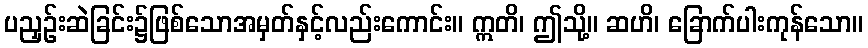
ပညှဉ်းဆဲခြင်း၌ဖြစ်သောအမှတ်နှင့်လည်းကောင်း။ ဣတိ၊ ဤသို့။ ဆဟိ၊ ခြောက်ပါးကုန်သော။